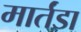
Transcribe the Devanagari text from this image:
मार्तंडा